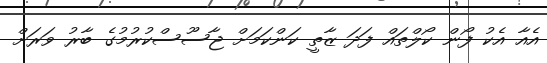
އެއާ އެކު ފޯން ކޯލްތައް ފަދަ ޒާތީ ކަންކަމަށް ޖާސޫސްކުރުމުގެ ބާރު ވަރަށް